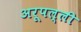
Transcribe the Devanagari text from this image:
अरूपल्ली